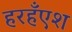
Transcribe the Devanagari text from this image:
हरहँएश